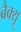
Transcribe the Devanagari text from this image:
ब्रैक्यू